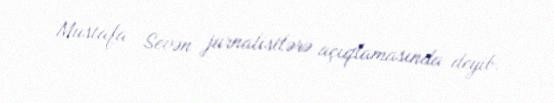
Mustafa Sevən jurnalistlərə açıqlamasında deyib.